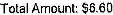
TOTAL AMOUNT: $6.60